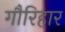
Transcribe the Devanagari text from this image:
गौरिहार